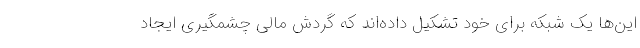
این‌ها یک شبکه برای خود تشکیل داده‌اند که گردش مالی چشمگیری ایجاد